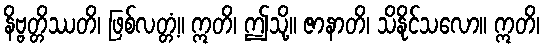
နိဗ္ဗတ္တိဿတိ၊ ဖြစ်လတ္တံ့။ ဣတိ၊ ဤသို့။ ဇာနာတိ၊ သိနိုင်သလော။ ဣတိ၊